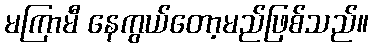
မကြာမီ နေကွယ်တော့မည်ဖြစ်သည်။